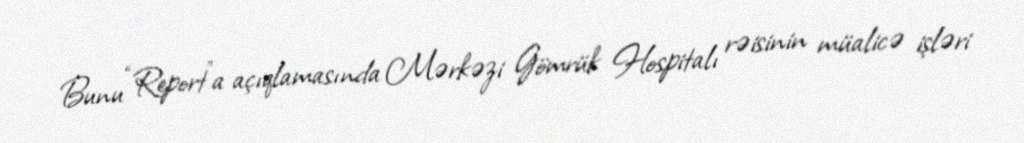
Bunu “Report”a açıqlamasında Mərkəzi Gömrük Hospitalı rəisinin müalicə işləri